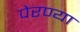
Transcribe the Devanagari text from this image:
पेरण्या